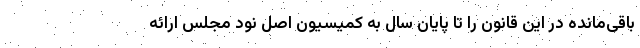
باقی‌مانده در این قانون را تا پایان سال به کمیسیون اصل نود مجلس ارائه